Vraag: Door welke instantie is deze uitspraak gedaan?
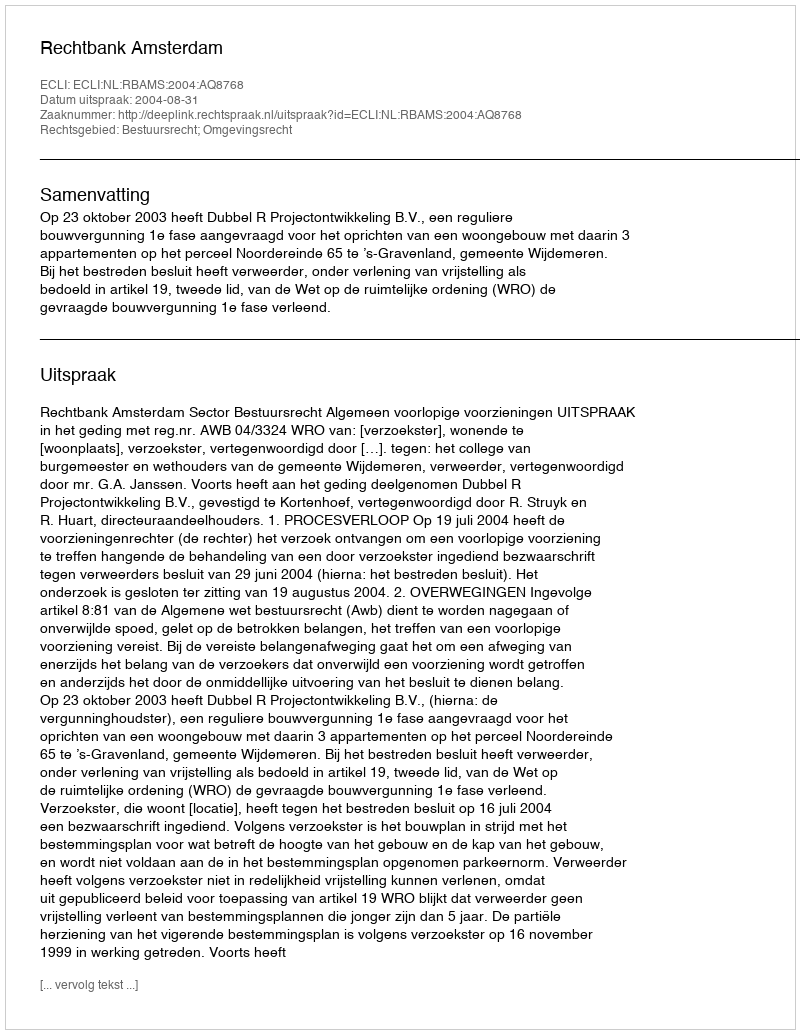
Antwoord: Rechtbank Amsterdam